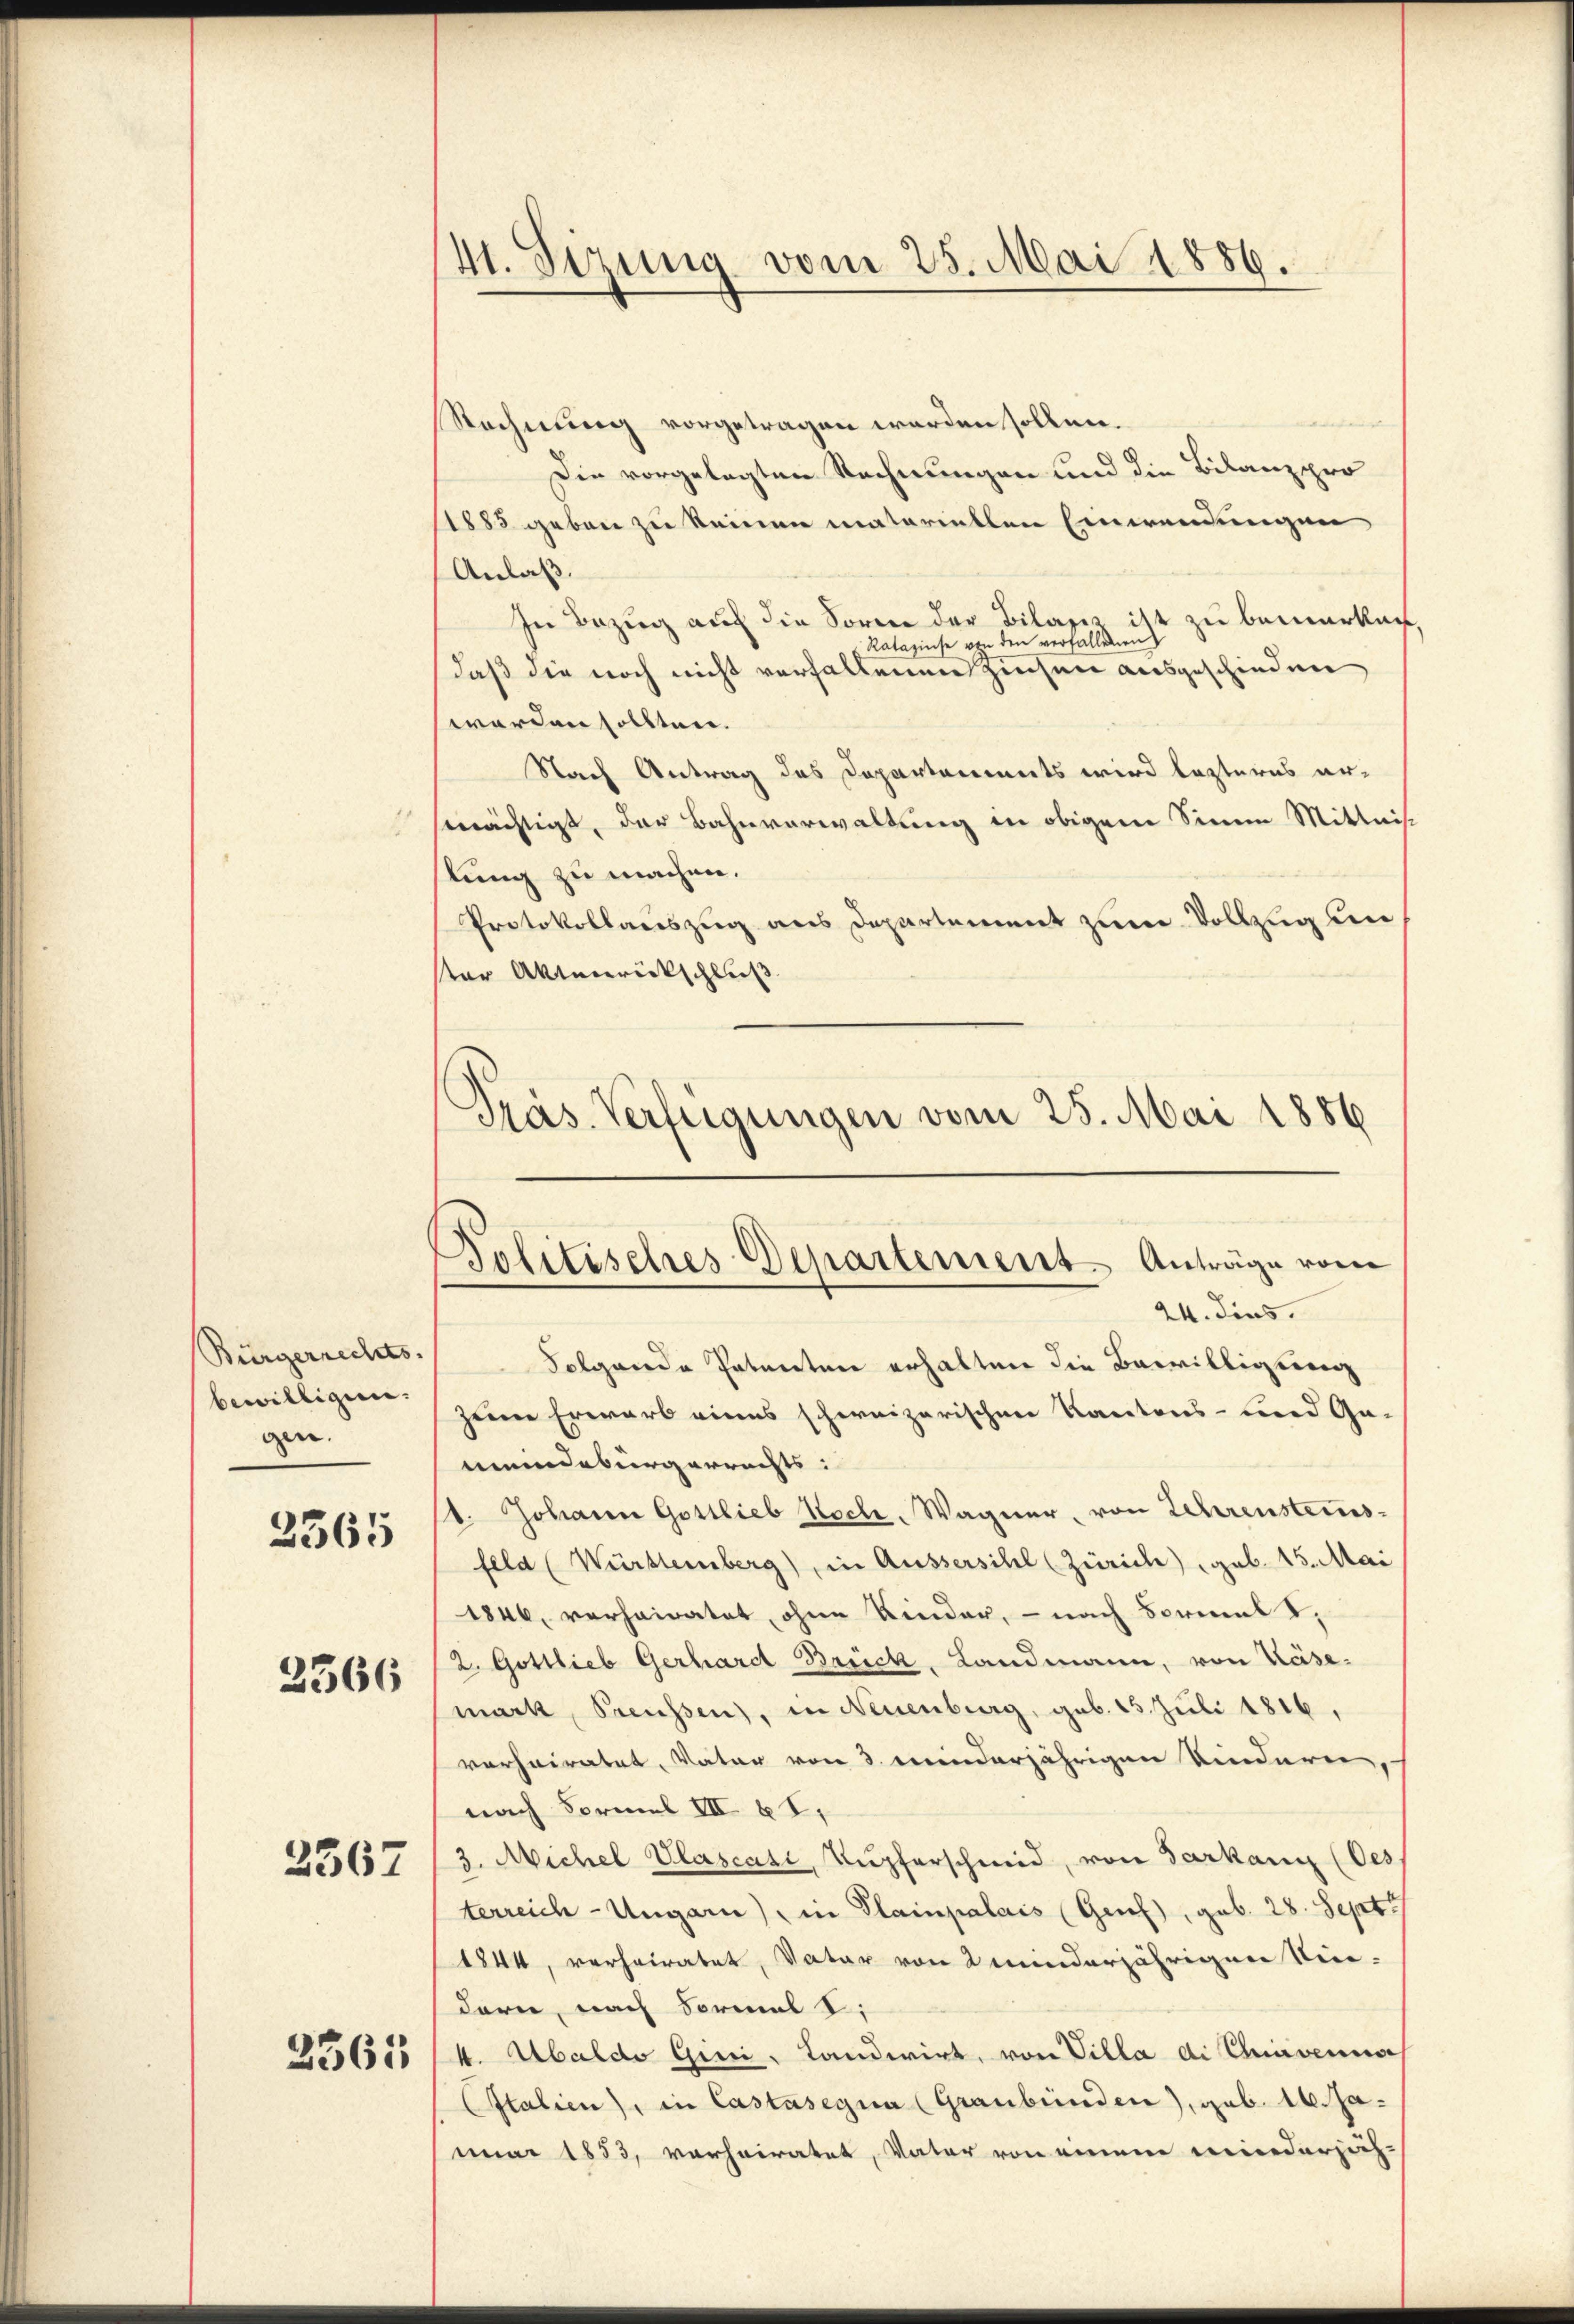
Bürgerrechts.
bewilligen.
gen.
2365

2366

2567

2361

41. Sizung vom 25. Mai 1886.

Präs. Verfügungen vom 25. Mai 1886
Politisches Departement Anträge vom
24. dies

Rechnung vorgetragen werden sollen.
Die vorgelegten Rechnungen und die Bilanzpro
1885 geben zu keinen materiellen Einwendungen
Anlaß.
In Bezug auf die Sorre der Bilass ist zu bemerkuch
Ratazinse von den verfallenen
daß die noch nicht verfallenen Zinsen ausgeschieden
worden sollten.
Nach Antrag des Departeninets wird lezteres ermächtigt, der Bahnverwaltung in obigem Sinne Mittnis
slung zu machen.
Protokollauszug aus Departement zum Vollzug un
ter Aktenrückschluß
Folgende Patenten erhalten die Bewilligung
zeine Erwarb eines schweizerischen Kantons- und Ga-
meindebürgerrechts:
t. Johann Gottlieb Hoch. Wagner, von Lehrensteins-
feld (Württemberg), in Aussersihl (Zürich) geb. 15. Mai
1846, verheiratet, ohne Kinder, - nach Formel I,
2. Gottlieb Gerhard Brück, Landmann, von Käse.
mark, Preussen), in Neuenburg, geb. 15. Juli 1816,
vorheiratet, Vater von 3. meinderjährigen Kinderen
nach Formel III 6 t.
3. Michel Plascasi, Kupferschmid, von Sarkann (Oes
terreich-Ungarn), in Plainpalais (Genf), geb. 28. Sept.
1844, verheiratet, Vater von 2 minderjährigen Nie-
dern, nach Formal S.
4. Abaldo Gini, Landwirt, von Villa di Cavenia
Italien), in Castasegna (Graubünden), geb. 16. Januar 1853, verheiratet, Vater von einem minderjäh-